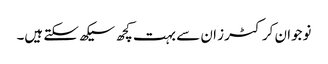
نوجوان کرکٹرز ان سے بہت کچھ سیکھ سکتے ہیں۔